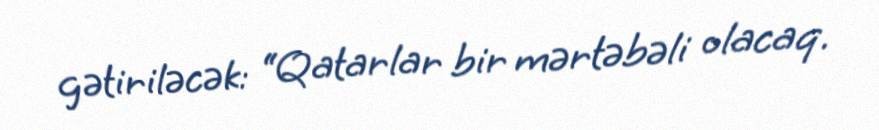
gətiriləcək: “Qatarlar bir mərtəbəli olacaq.